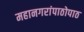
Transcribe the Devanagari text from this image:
महानगरांपाठोपाठ